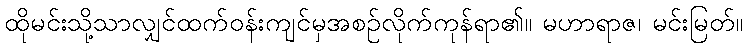
ထိုမင်းသို့သာလျှင်ထက်ဝန်းကျင်မှအစဉ်လိုက်ကုန်ရာ၏။ မဟာရာဇ၊ မင်းမြတ်။